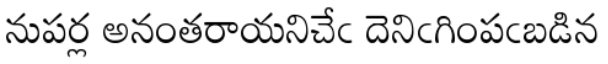
నుపర్ల అనంతరాయనిచేఁ దెనిఁగింపఁబడిన